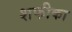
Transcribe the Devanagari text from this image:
शफीका